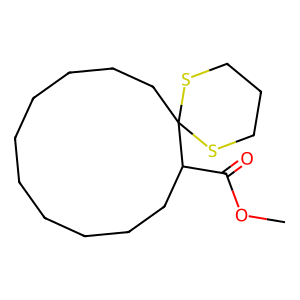
SMILES: COC(=O)C1CCCCCCCCCCC12SCCCS2
Inhibits HIV replication: No